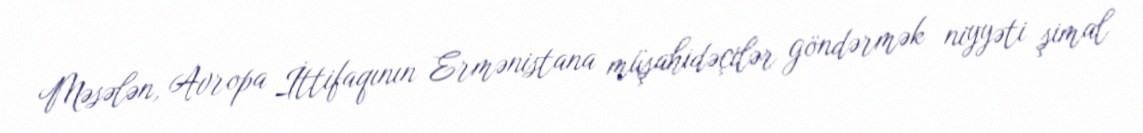
Məsələn, Avropa İttifaqının Ermənistana müşahidəçilər göndərmək niyyəti şimal